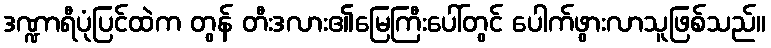
ဒဏ္ဍာရီပုံပြင်ထဲက တွန် တီးဒလား၏မြေကြီးပေါ်တွင် ပေါက်ဖွားလာသူဖြစ်သည်။